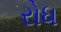
રોધ